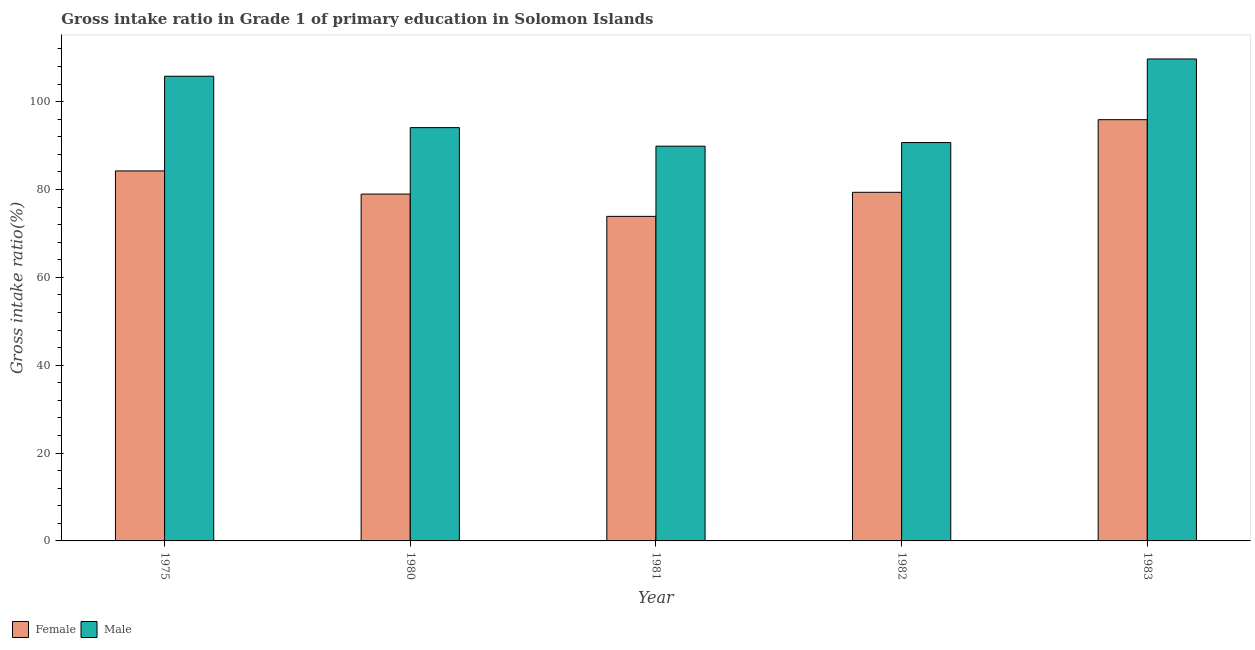
| Year | Female | Male |
 | --- | --- | --- |
 | 1975 | 84.2 | 106 |
 | 1980 | 78.9 | 94.1 |
 | 1981 | 73.9 | 89.8 |
 | 1982 | 79.4 | 90.7 |
 | 1983 | 95.9 | 110 |